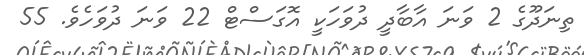
ތިނަދޫގެ 2 ވަނަ އާބާދީ ދުވަހަކީ އޮގަސްޓް 22 ވަނަ ދުވަހެވެ. 55